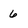
Character: 6